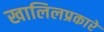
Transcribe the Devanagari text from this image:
खालिलप्रकारे